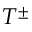
T ^ { \pm }